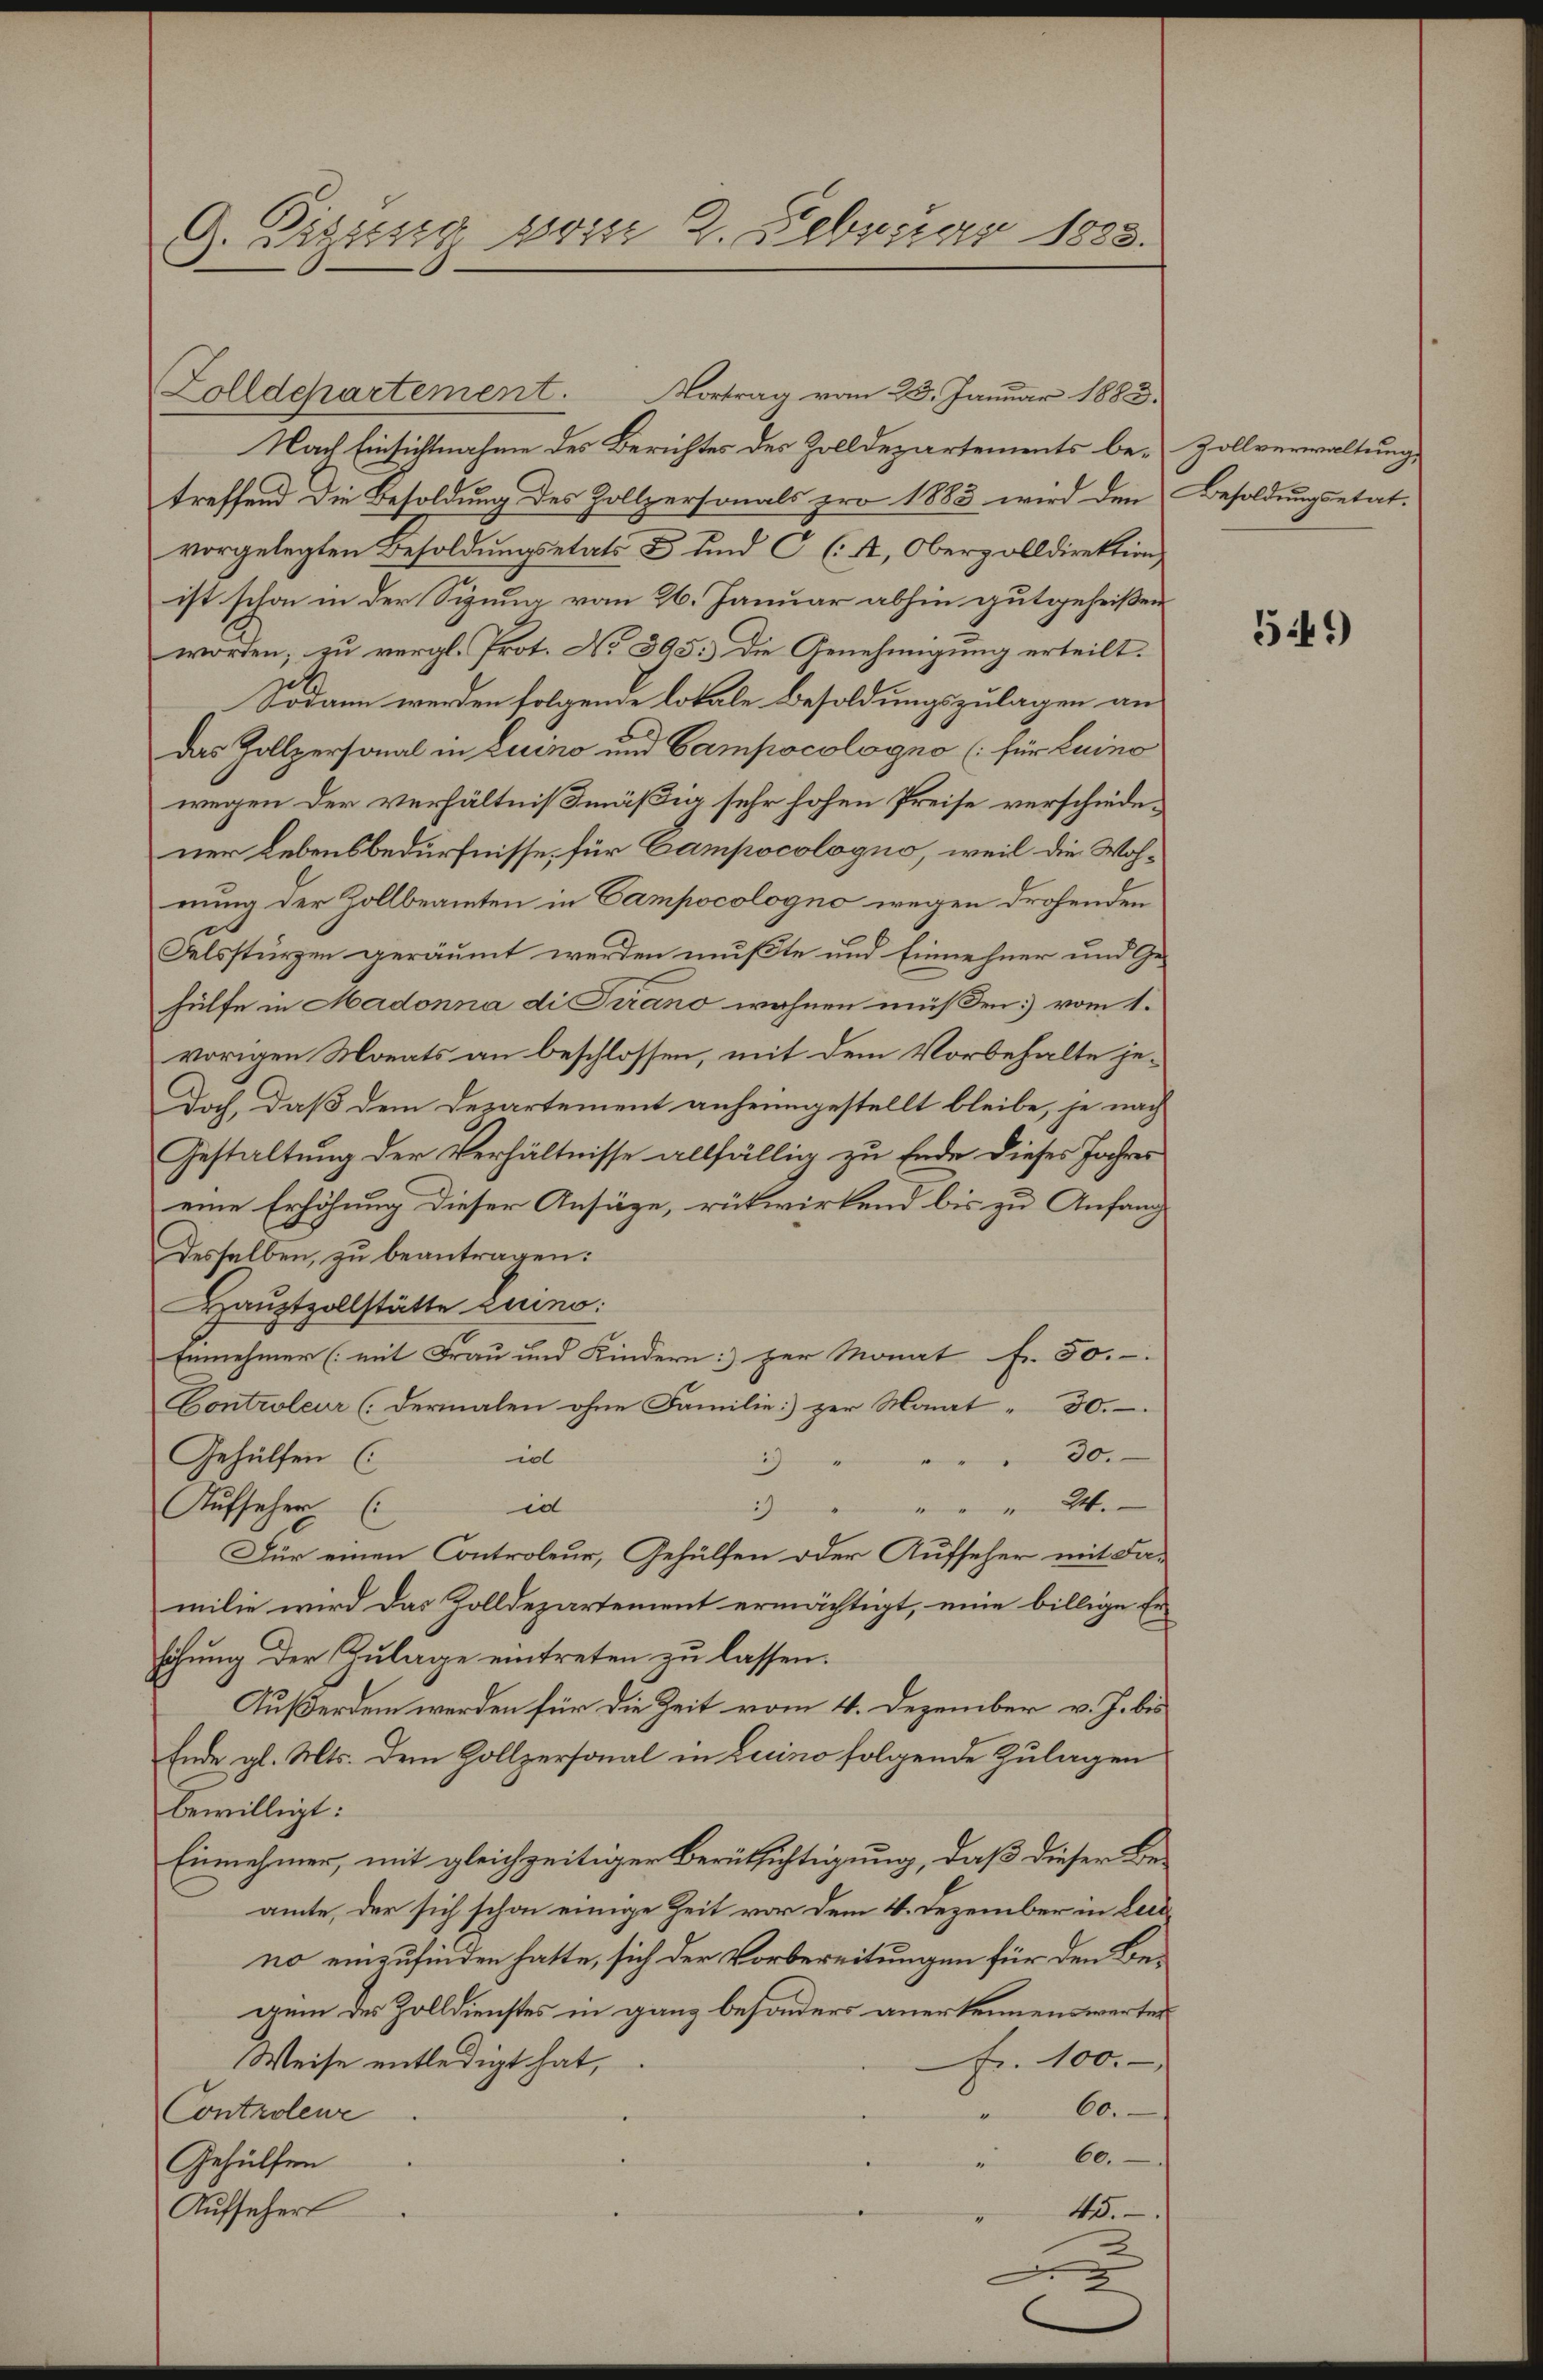
G. Digung vom 2. Februar 1883.

Zolldepartement. Vortrag vom 23. Januar 1883.
Nach Einsichtnahme des Berichtes des Zolldepartements be- Zollverwaltung,
treffend die Besoldung des Zollpersonals pro 1883 wird den Besoldungsetat.
vorgelegten Besoldŭngsetats u. und C (A, Oberzolldirektion
ist schon in der Sigung vom 26. Januar abhin gutgeheißen
worden; zu vergl. Prot. No 395. Die Genehmigung erteilt.
Sodann werden folgende lokale Besoldungszulagen an
das Zollpersonal in Luino und Campocologno (für Luino
wegen der verhältnißmäßig sehr hohen Preise verschiedener Lebensbedürfnisse, für Campocologno, weil die Wohnung der Zollbeamten in Campocologno wegen drohenden
Felssturzen geräumt werden mußte und Einnehmer und Gehülfe in Madonna di Prano wahnen müßen) vom 1.
vorigen Monats an beschlossen, mit dem Vorbehalte je¬
Doch, daß dem Departement anheimgestellt bleibe, je nach
Gestaltung der Verhältnisse allfällig zu Ende dieses Jahres
eine Erhöhung dieser Ansäge, rükwirkend bis zu Anfang
Desselben, zu beantragen:
Hauptzollstätte Luino:
Einnehmer (mit Frau und Kindern: zur Monat fr. 50.-
Controleur (dermalen ohne Familie per Monat - 30.
30.
io
Gehülfen (
29
26.
2)
Aufseher (
id
Für einen Controleur, Gehülfen oder Aufseher mit Familie wird das Zolldepartement ermächtigt, eine billige Er-
höhung der Zulage eintreten zu lassen.
Außerdem werden für die Zeit vom 4. Dezember v. J. bis
Ende gl. Mts. dem Hollpersonal in Luino folgende Zulagen
bewilligt:
Einnehmer, mit gleichzeitiger Berüksichtigung, daß dieser Beamte, der sich schon einige Zeit vor dem 4. Dezember in Leidno einzufinden hatte, sich der Vorbereitungen für den Begem des Zolldienstes in ganz besonders anerkennenswerter
fr. 100.
Weise entledigt hat,
60.
.
Controlewe
60.
Gehülfen
Aufseher
45.
2

5449